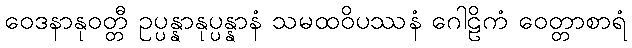
ဝေဒနာနုဝတ္တီ ဥပ္ပန္နာနုပ္ပန္နာနံ သမထဝိပဿနံ ဂေါဠိကံ ဝေတ္တာစာရံ